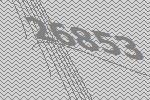
26853